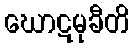
ဃောဋမုခီတိ